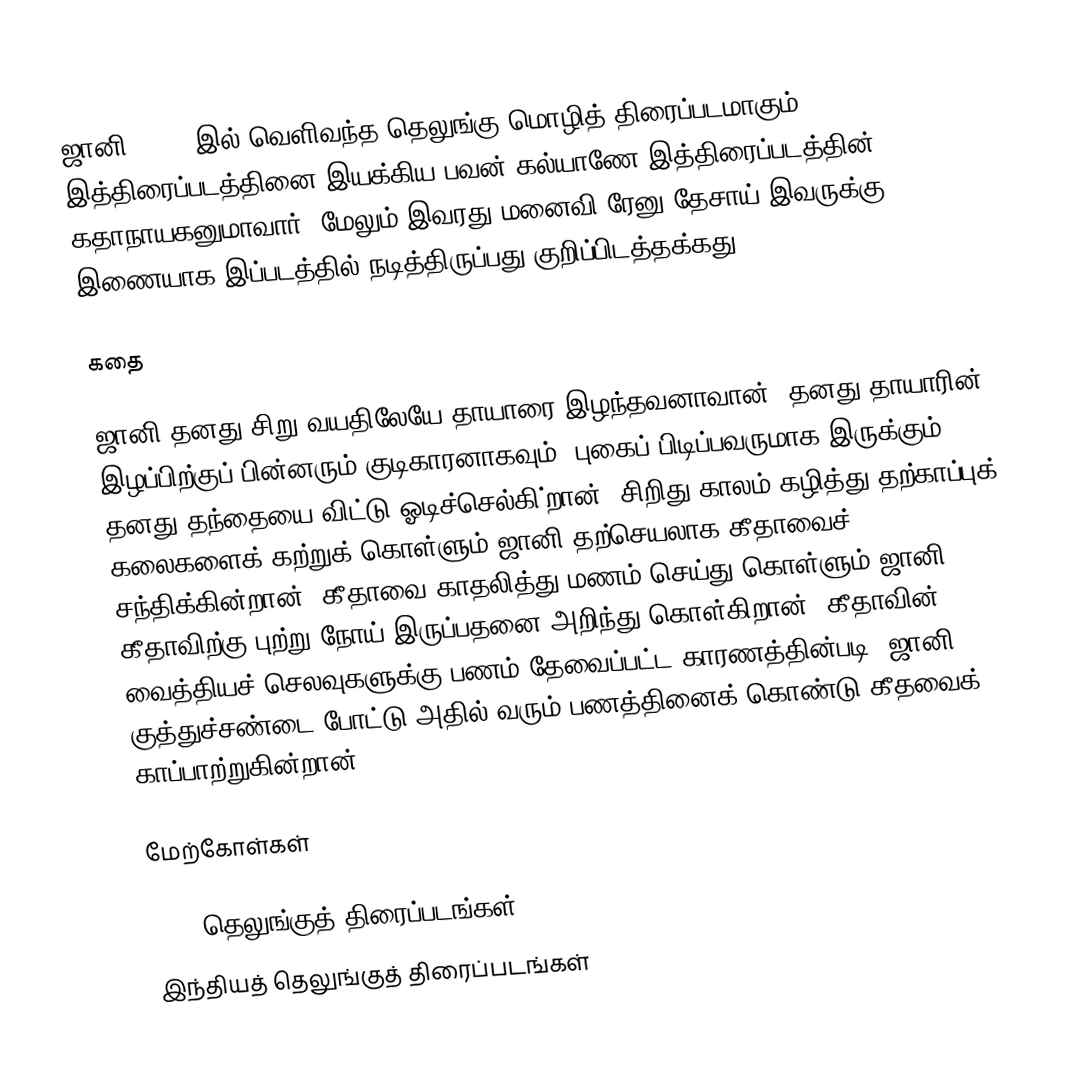
ஜானி, 2003 இல் வெளிவந்த தெலுங்கு மொழித் திரைப்படமாகும். இத்திரைப்படத்தினை இயக்கிய பவன் கல்யாணே இத்திரைப்படத்தின் கதாநாயகனுமாவார். மேலும் இவரது மனைவி ரேனு தேசாய் இவருக்கு இணையாக இப்படத்தில் நடித்திருப்பது குறிப்பிடத்தக்கது.

கதை

ஜானி தனது சிறு வயதிலேயே தாயாரை இழந்தவனாவான். தனது தாயாரின் இழப்பிற்குப் பின்னரும் குடிகாரனாகவும், புகைப் பிடிப்பவருமாக இருக்கும் தனது தந்தையை விட்டு ஓடிச்செல்கி்றான். சிறிது காலம் கழித்து தற்காப்புக் கலைகளைக் கற்றுக் கொள்ளும் ஜானி தற்செயலாக கீதாவைச் சந்திக்கின்றான். கீதாவை காதலித்து மணம் செய்து கொள்ளும் ஜானி கீதாவிற்கு புற்று நோய் இருப்பதனை அறிந்து கொள்கிறான். கீதாவின் வைத்தியச் செலவுகளுக்கு பணம் தேவைப்பட்ட காரணத்தின்படி, ஜானி குத்துச்சண்டை போட்டு அதில் வரும் பணத்தினைக் கொண்டு கீதவைக் காப்பாற்றுகின்றான்.

மேற்கோள்கள்

2003 தெலுங்குத் திரைப்படங்கள்
இந்தியத் தெலுங்குத் திரைப்படங்கள்